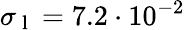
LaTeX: \sigma_{\mathrm{~l~}}=7.2\cdot 10^{-2}